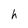
Character: h